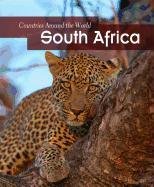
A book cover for South Africa (Countries Around the World); Claire Throp; Children's Books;